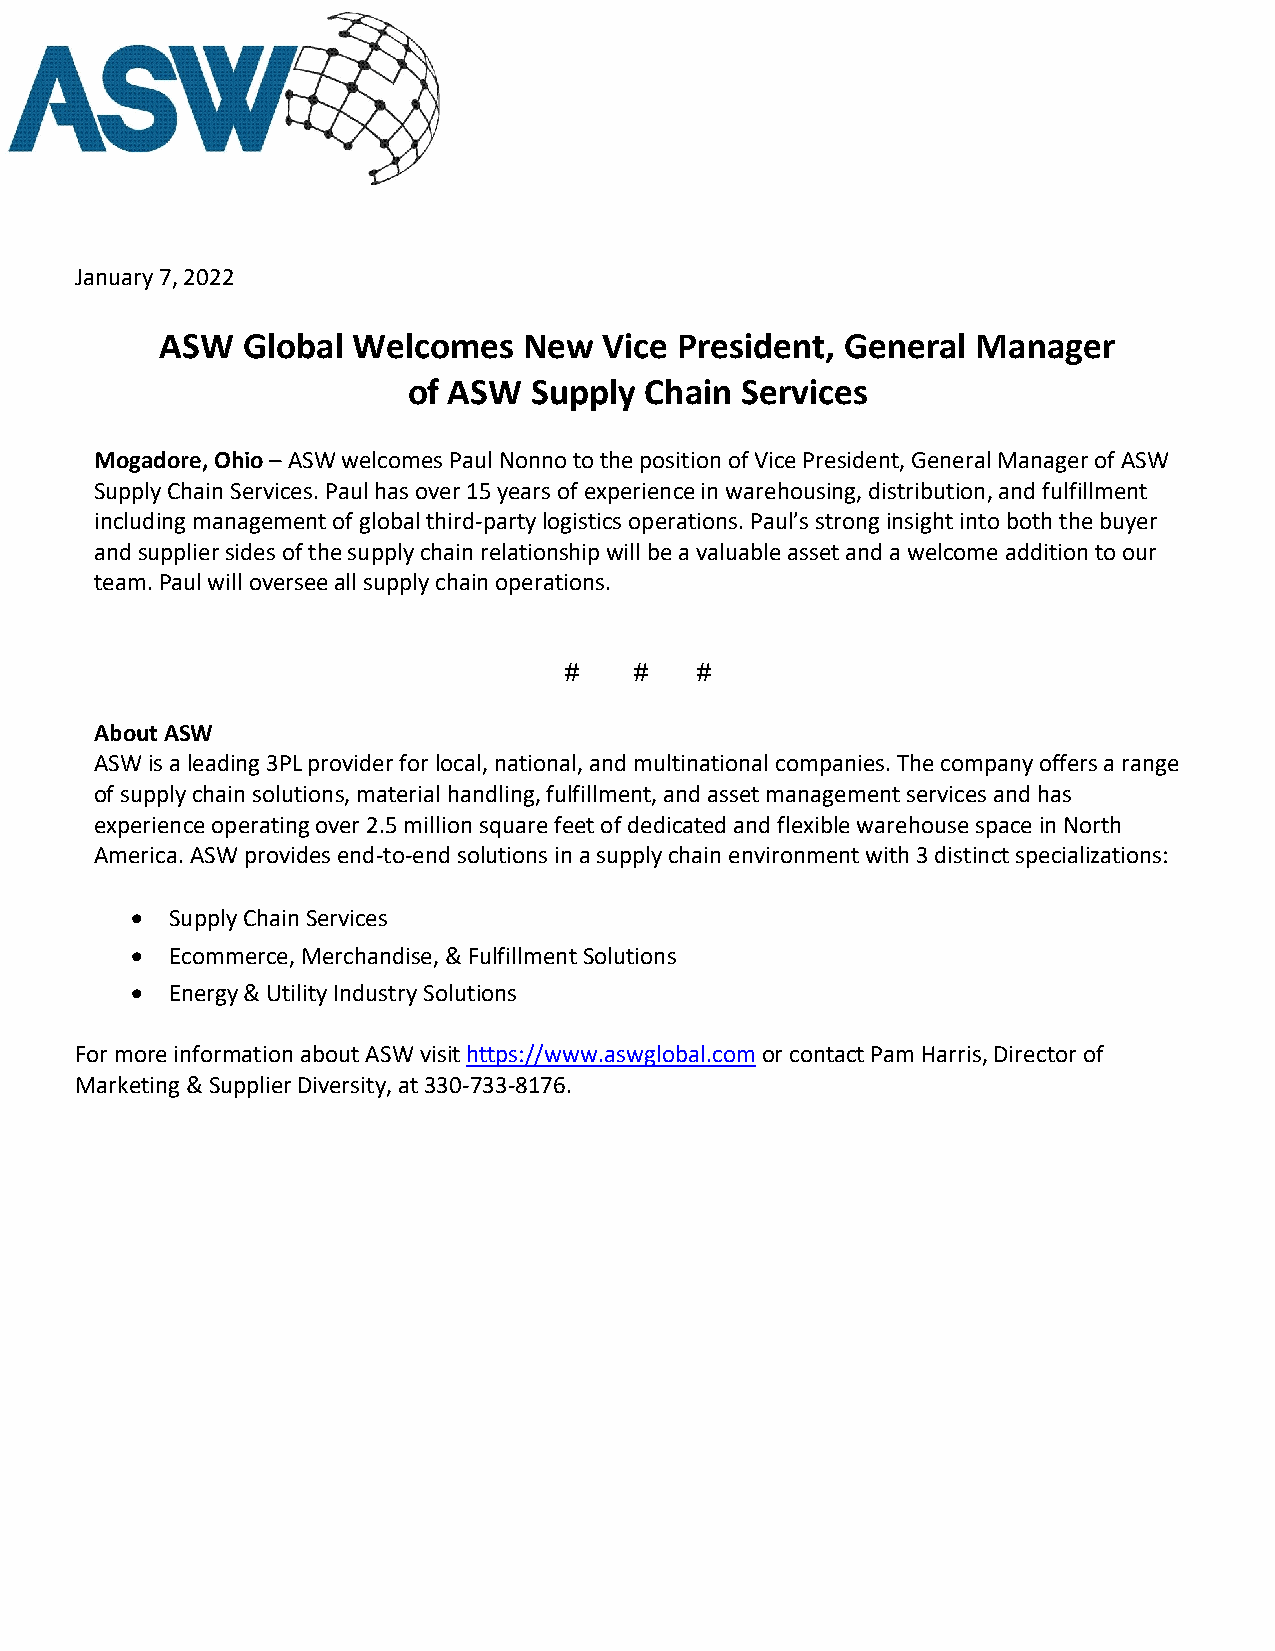
January 7, 2022
 ASW  Global Welcomes    New  Vice President, General  Manager
 of ASW  Supply  Chain Services
 Mogadore, Ohio – ASW welcomes Paul Nonno to the position of Vice President, General Manager of ASW
 Supply Chain Services. Paul has over 15 years of experience in warehousing, distribution, and fulfillment
 including management of global third-party logistics operations. Paul’s strong insight into both the buyer
 and supplier sides of the supply chain relationship will be a valuable asset and a welcome addition to our
 team. Paul will oversee all supply chain operations.
 #    #   #
 About ASW
 ASW is a leading 3PL provider for local, national, and multinational companies. The company offers a range
 of supply chain solutions, material handling, fulfillment, and asset management services and has
 experience operating over 2.5 million square feet of dedicated and flexible warehouse space in North
 America. ASW provides end-to-end solutions in a supply chain environment with 3 distinct specializations:
 • Supply Chain Services
 • Ecommerce, Merchandise, & Fulfillment Solutions
 • Energy & Utility Industry Solutions
 For more information about ASW visit https://www.aswglobal.com or contact Pam Harris, Director of
 Marketing & Supplier Diversity, at 330-733-8176.